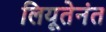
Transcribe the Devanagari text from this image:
लियूतेनंत